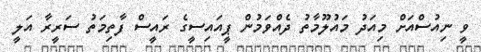
ވީ ނިއުސްއަށް މިއަދު މައުލޫމާތު ދެއްވަމުން ޕީއައިސީގެ ރައީސް ފާތިމަތު ސަރީރާ އަލީ